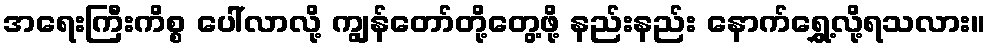
အရေးကြီးကိစ္စ ပေါ်လာလို့ ကျွန်တော်တို့တွေ့ဖို့ နည်းနည်း နောက်ရွှေ့လို့ရသလား။